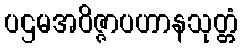
ပဌမအဝိဇ္ဇာပဟာနသုတ္တံ